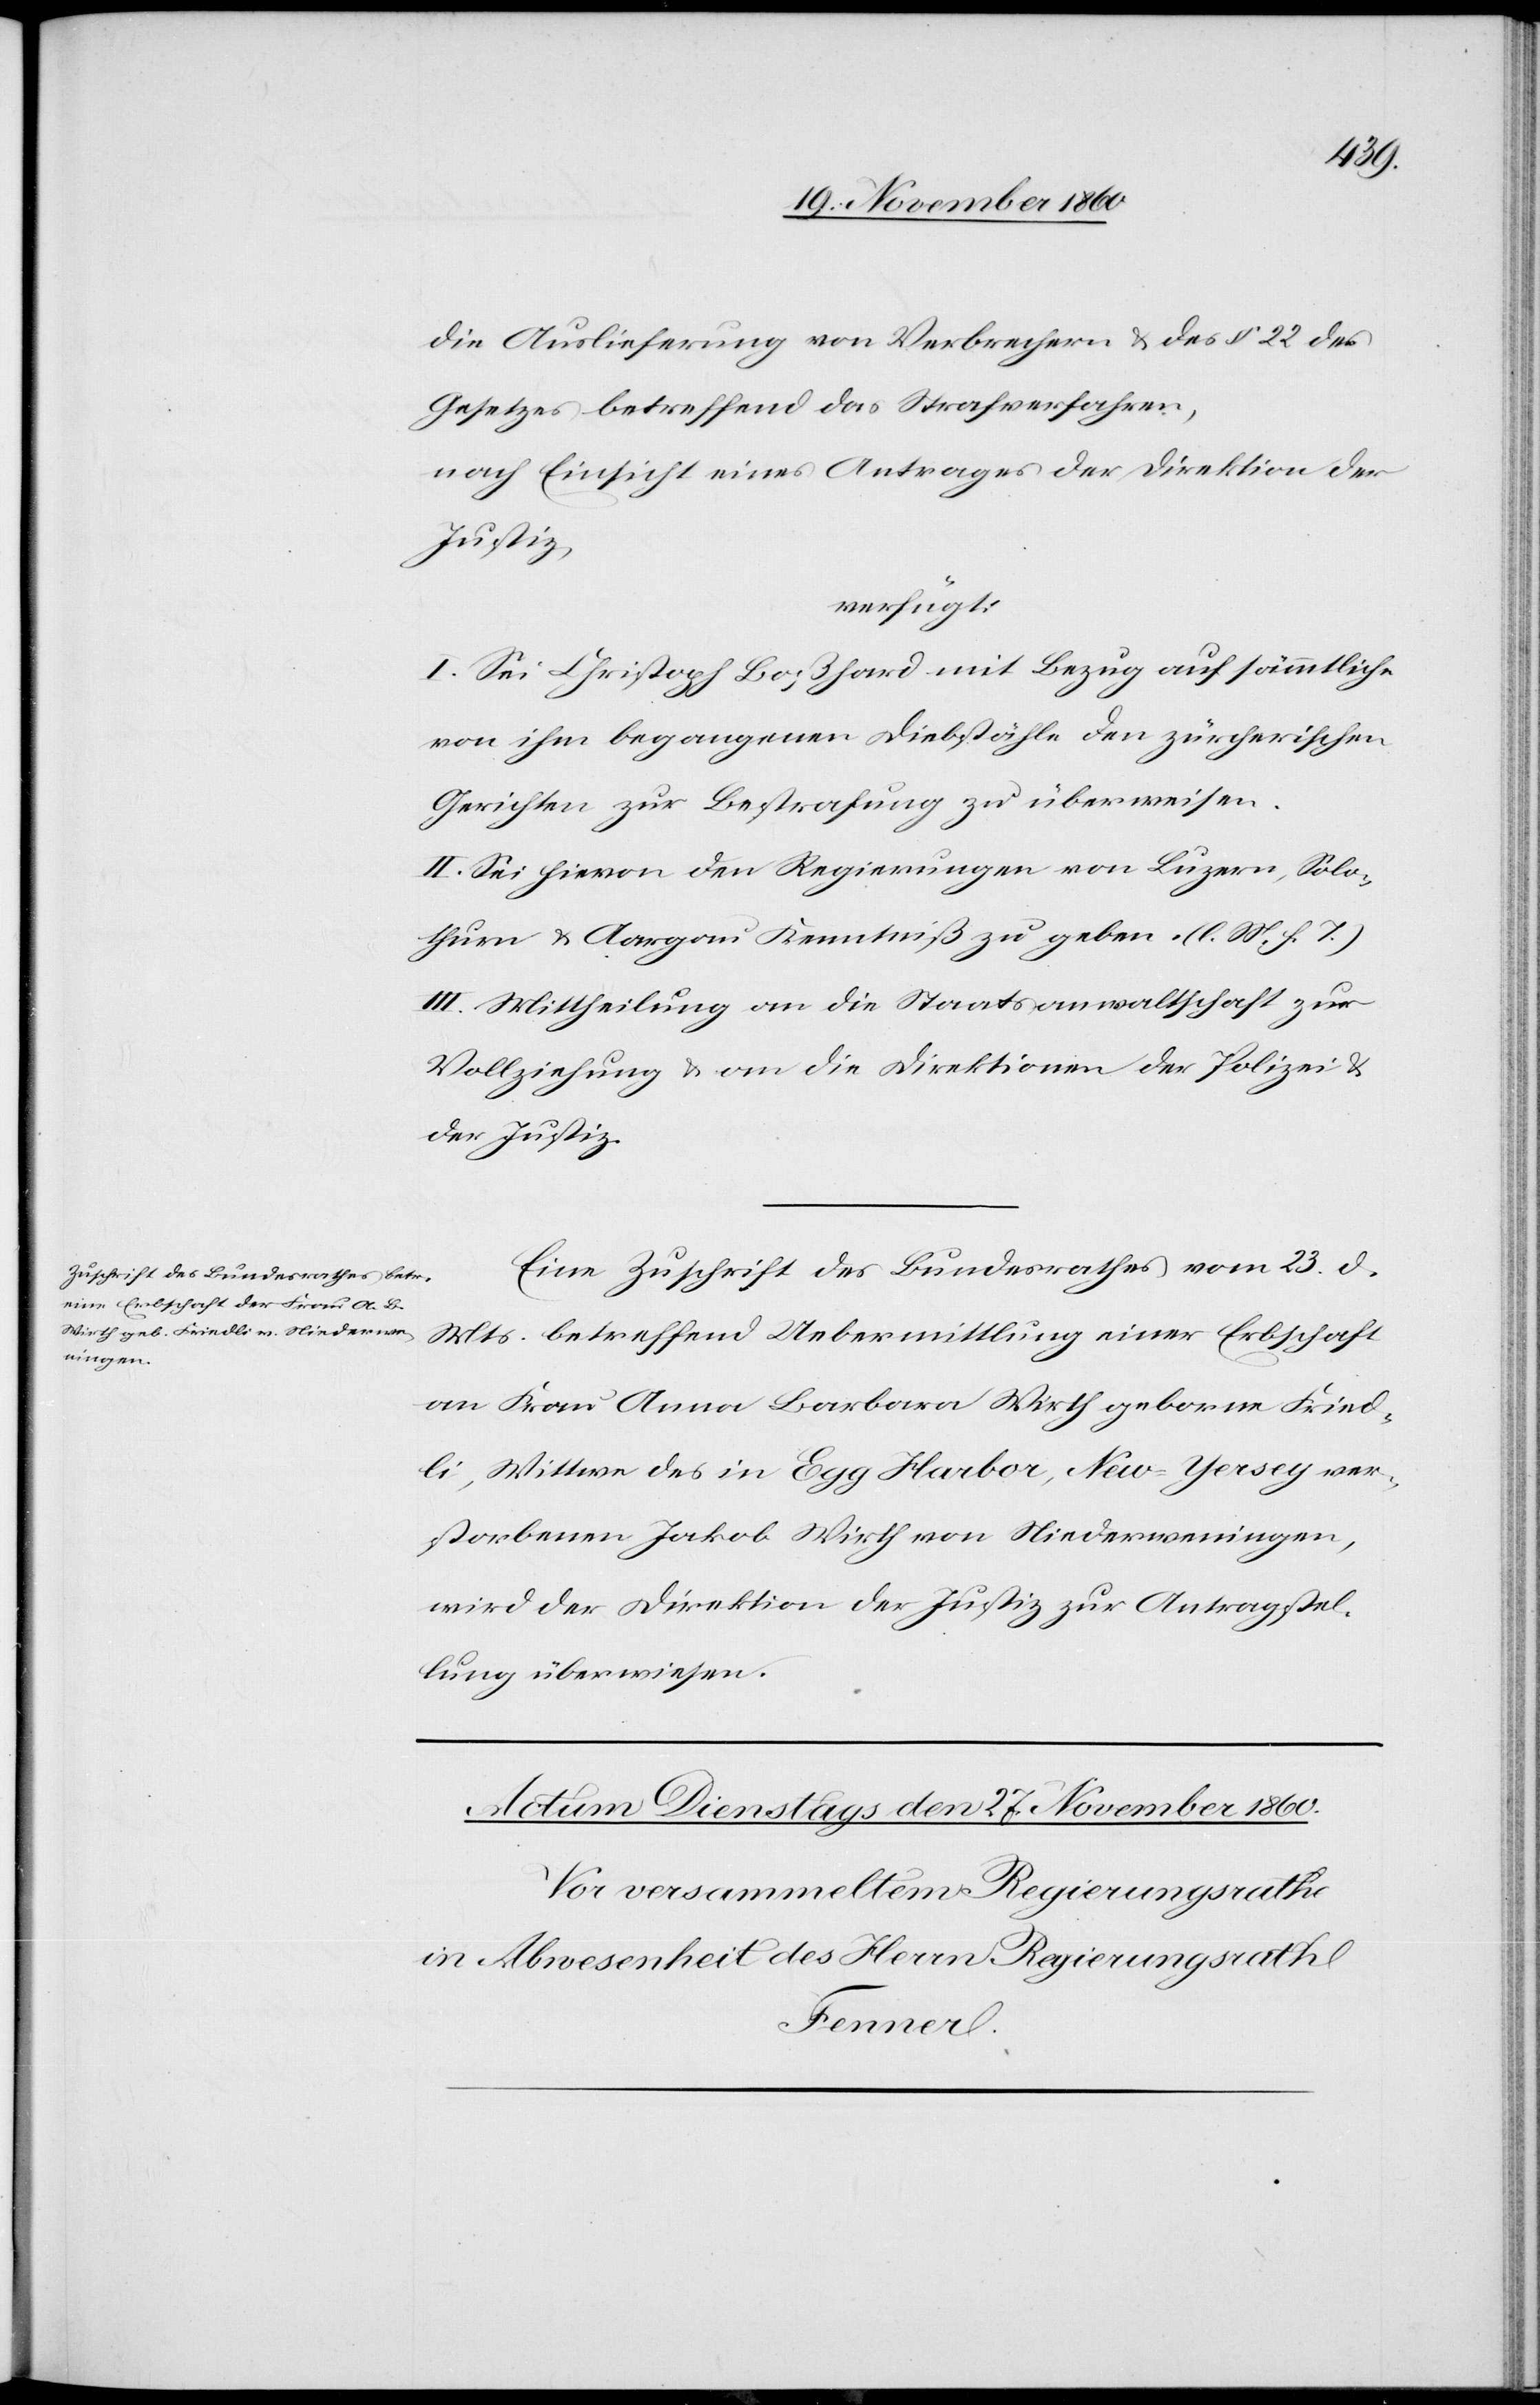
24. November 1860.]
die Auslieferung von Verbrechern u. des § 22 des
Gesetzes betreffend das Strafverfahren,
nach Einsicht eines Antrages der Direktion der
Justiz,
verfügt.
I. Sei Christoph Boßhard mit Bezug auf sämmtliche
von ihm begangenen Diebstähle den zürcherischen
Gerichten zur Bestrafung zu überweisen.
II. Sei hievon den Regierungen von Luzern, Solo¬
thurn u. Aargau Kenntniß zu geben. (l. M. h. T.)
III. Mittheilung an die Staatsanwaltschaft zur
Vollziehung u. an die Direktion der Polizei u.
der Justiz.
Eine Zuschrift des Bundesrathes vom 23. d.
Mts. betreffend Uebermittlung einer Erbschaft
an Frau Anna Barbara Wirth geborne Fried¬
li, Wittwe des in Egg Harbor, New-Yersey ver¬
storbenen Jakob Wirth von Niederweningen,
wird der Direktion der Justiz zur Antragstel¬
lung überwiesen.